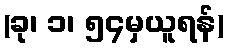
(ခု၊ ၁၊ ၅၄မှယူရန်)